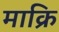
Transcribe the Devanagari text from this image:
माक्रि